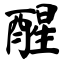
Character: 醒